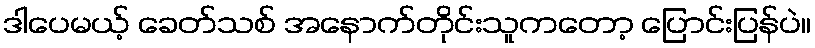
ဒါပေမယ့် ခေတ်သစ် အနောက်တိုင်းသူကတော့ ပြောင်းပြန်ပဲ။